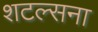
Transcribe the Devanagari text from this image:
शटल्सना